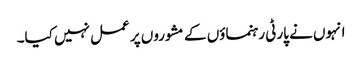
انہوں نے پارٹی رہنماؤں کے مشوروں پر عمل نہیں کیا۔